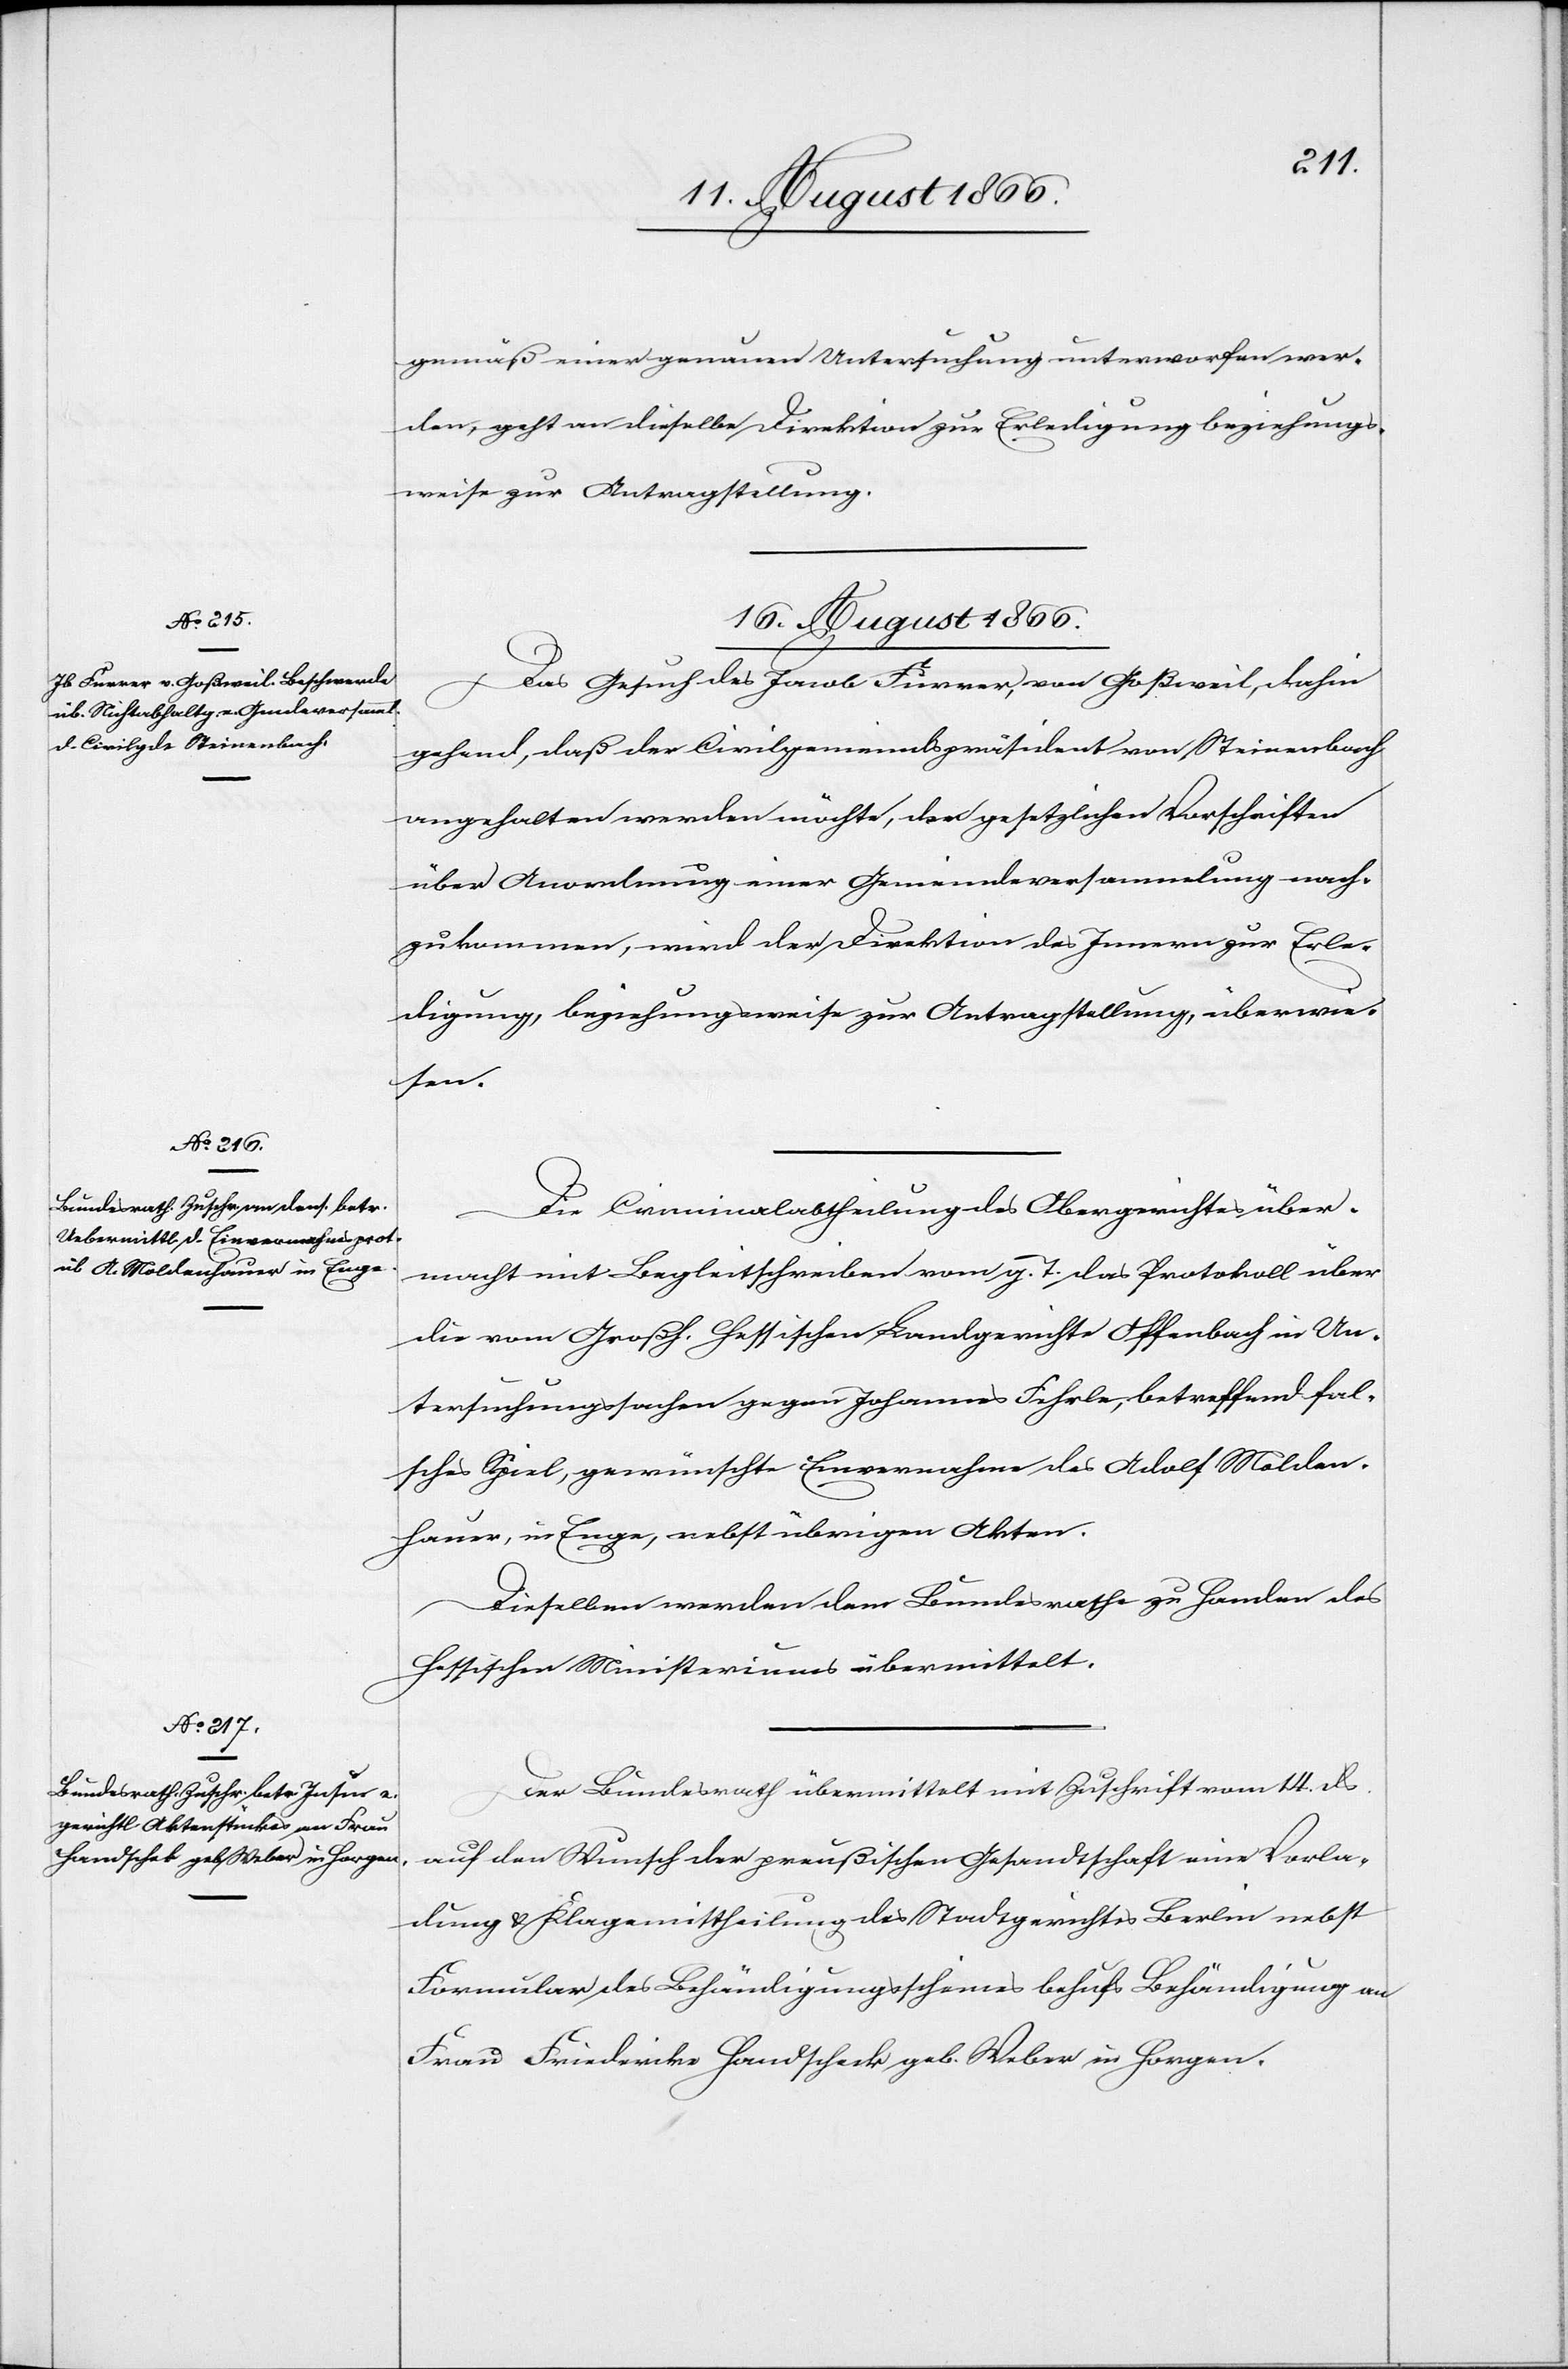
gemäß einer genauen Untersuchung unterworfen wer¬
den, geht an dieselbe Direktion zur Erledigung beziehungs¬
weise zur Antragstellung.
16. August 1866.]
Das Gesuch des Jacob Furrer, von Goßweil, dahin
gehend, daß der Civilgemeindspräsident von Steinenbach
angehalten werden möchte, den gesetzlichen Vorschriften
über Anordnung einer Gemeindeversammlung nach¬
zukommen, wird der Direktion des Innern zur Erle¬
digung, beziehungsweise zur Antragstellung überwie¬
sen.
Die Criminalabtheilung des Obergerichtes über¬
macht mit Begleitschreiben vom g. T. das Protokoll über
die vom Großh. hessischen Landgerichte Offenbach in Un¬
tersuchungssachen gegen Johannes Fehrle, betreffend fal¬
sches Spiel, gewünschte Einvernahme des Adolf Molden¬
hauer, in Enge, nebst übrigen Akten.
Dieselben werden dem Bundesrathe zu Handen des
hessischen Ministeriums übermittelt.
Der Bundesrath übermittelt mit Zuschrift vom 14. ds.
auf den Wunsch der preußischen Gesandtschaft eine Vorla¬
dung u. Klagemittheilung des Stadtgerichtes Berlin nebst
Formular des Behändigungsscheines behufs Behändigung an
Frau Friedericka Handscheck geb. Weber in Horgen.